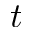
t